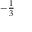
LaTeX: { } _ { - { \frac { 1 } { 3 } } }